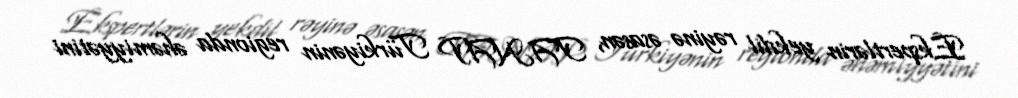
Ekspertlərin yekdil rəyinə əsasən, TANAP Türkiyənin regionda əhəmiyyətini